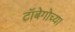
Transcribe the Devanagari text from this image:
टॉबेगोच्या